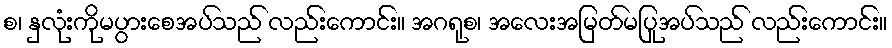
စ၊ နှလုံးကိုမပွားစေအပ်သည် လည်းကောင်း။ အဂရုစ၊ အလေးအမြတ်မပြုအပ်သည် လည်းကောင်း။